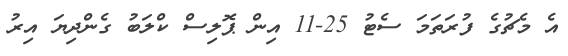
އެ މެޗުގެ ފުރަތަމަ ސެޓު 25-11 އިން ޕޮލިސް ކްލަބު ގެންދިޔަ އިރު